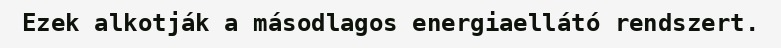
Ezek alkotják a másodlagos energiaellátó rendszert.